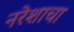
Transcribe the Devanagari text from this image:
नरेशाचा